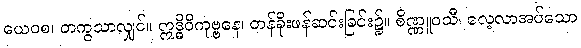
ယေဝစ၊ တကွသာလျှင်။ ဣဒ္ဓိဝိကုဗ္ဗနေ၊ တန်ခိုးဖန်ဆင်းခြင်း၌။ စိဏ္ဏူဝသီ၊ လေ့လာအပ်သော